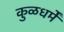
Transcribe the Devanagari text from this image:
कुळधर्में